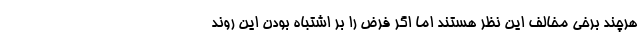
هرچند برخی مخالف این نظر هستند اما اگر فرض را بر اشتباه بودن این روند